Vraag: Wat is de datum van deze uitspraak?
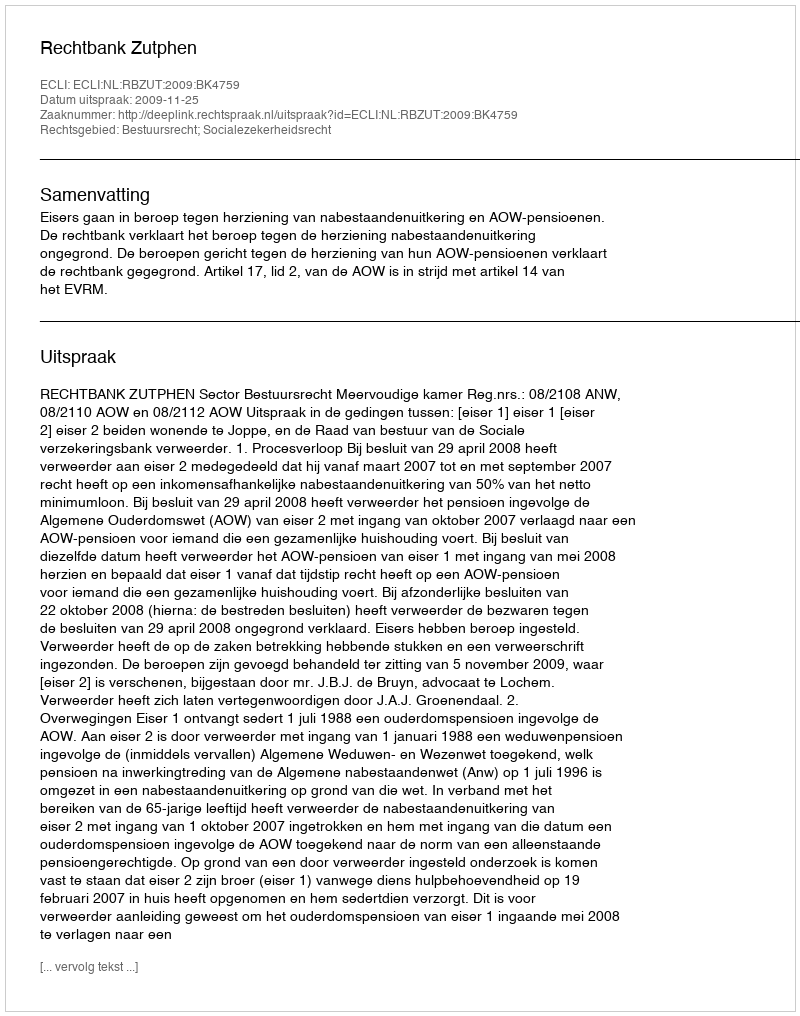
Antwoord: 2009-11-25